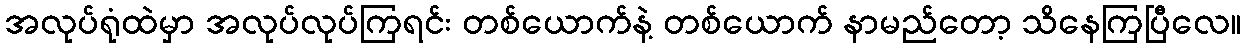
အလုပ်ရုံထဲမှာ အလုပ်လုပ်ကြရင်း တစ်ယောက်နဲ့ တစ်ယောက် နာမည်တော့ သိနေကြပြီလေ။